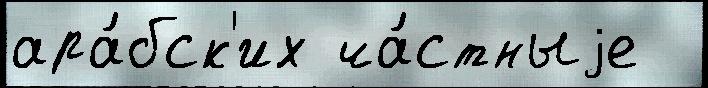
ара́бск'их ча́стныjе